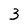
Character: 3